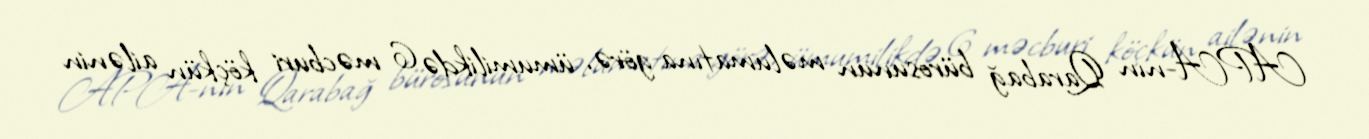
APA-nın Qarabağ bürosunun məlumatına görə, ümumilikdə 6 məcburi köçkün ailənin